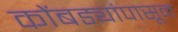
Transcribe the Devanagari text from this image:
कोंबड्यांपासून